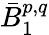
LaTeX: {\bar{B}}_{1}^{p,q}